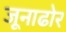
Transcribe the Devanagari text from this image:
जूनाढोर